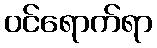
ဝင်ရောက်ရာ